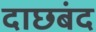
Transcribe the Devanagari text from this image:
दाछबंद